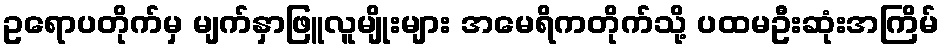
ဥရောပတိုက်မှ မျက်နှာဖြူလူမျိုးများ အမေရိကတိုက်သို့ ပထမဦးဆုံးအကြိမ်